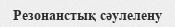
Резонанстық сәулелену